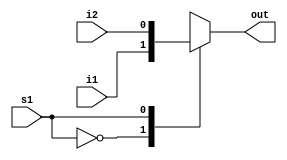
module mux2(input i1,
			input i2,
			input s1,
			output reg out
			);

always @(*) begin
	case(s1)
		1'b0: out <= i1;
		1'b1: out <= i2;
	endcase
end
endmodule